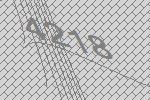
4218